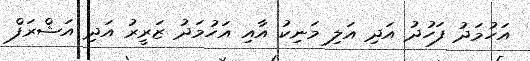
އަހުމަދު ފަހުދު އަދި އަލި މަނިކު އާއި އަހުމަދު ޒަރީރު އަދި އަޝްރަފް